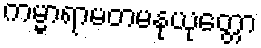
ကမ္မာရာမတမနုယုတ္တော